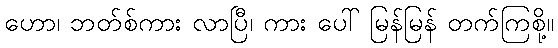
ဟော၊ ဘတ်စ်ကား လာပြီ၊ ကား ပေါ် မြန်မြန် တက်ကြစို့။